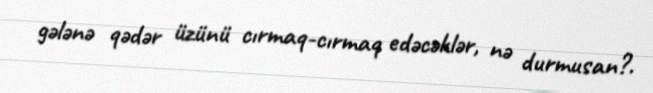
gələnə qədər üzünü cırmaq-cırmaq edəcəklər, nə durmusan?.